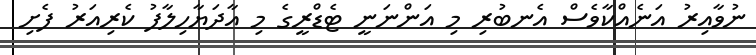
ނުވާއިރު އަނެއްކާވެސް އެނބުރި މި އަންނަނީ ޓެޑްރީގެ މި އާދަޔާހިލާފު ކެރިއަރު ފެށި